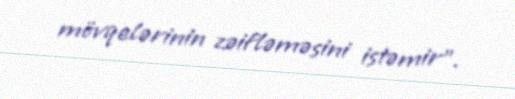
mövqelərinin zəifləməsini istəmir”.